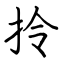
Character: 拎